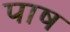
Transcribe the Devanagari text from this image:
पाष